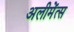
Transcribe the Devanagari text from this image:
अलीमेंत्स